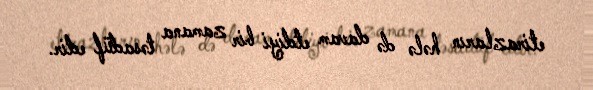
etirazların hələ də davam etdiyi bir zamana təsadüf edir.